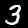
Digit: 3